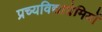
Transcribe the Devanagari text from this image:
प्रच्यविद्याप्रेमियों